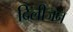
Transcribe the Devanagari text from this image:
दिलीजन